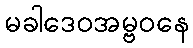
မခါဒေဝအမ္ဗဝနေ